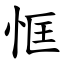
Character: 恇